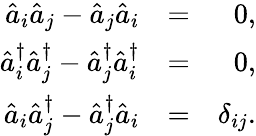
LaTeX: \begin{array}{rlr}{\hat{a}_{i}\hat{a}_{j}-\hat{a}_{j}\hat{a}_{i}}&{=}&{0,}\\ {\hat{a}_{i}^{\dagger}\hat{a}_{j}^{\dagger}-\hat{a}_{j}^{\dagger}\hat{a}_{i}^{\dagger}}&{=}&{0,}\\ {\hat{a}_{i}\hat{a}_{j}^{\dagger}-\hat{a}_{j}^{\dagger}\hat{a}_{i}}&{=}&{\delta_{ij}.}\end{array}